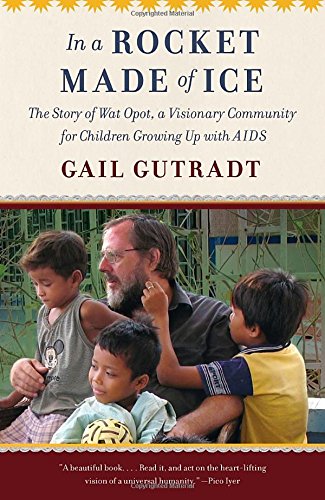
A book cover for In a Rocket Made of Ice: The Story of Wat Opot, a Visionary Community for Children Growing Up with AIDS; Gail Gutradt; Business & Money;